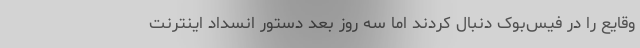
وقایع را در فیس‌بوک دنبال کردند اما سه روز بعد دستور انسداد اینترنت